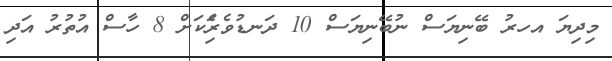
މިދިޔަ އހރު ބޭނިޔަސް ނުބޭނިޔަސް 10 ދަނޑުވެރިެަކަށް 8 ހާސް އުތުރު އަދި